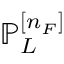
\mathbb { P } _ { L } ^ { [ n _ { F } ] }